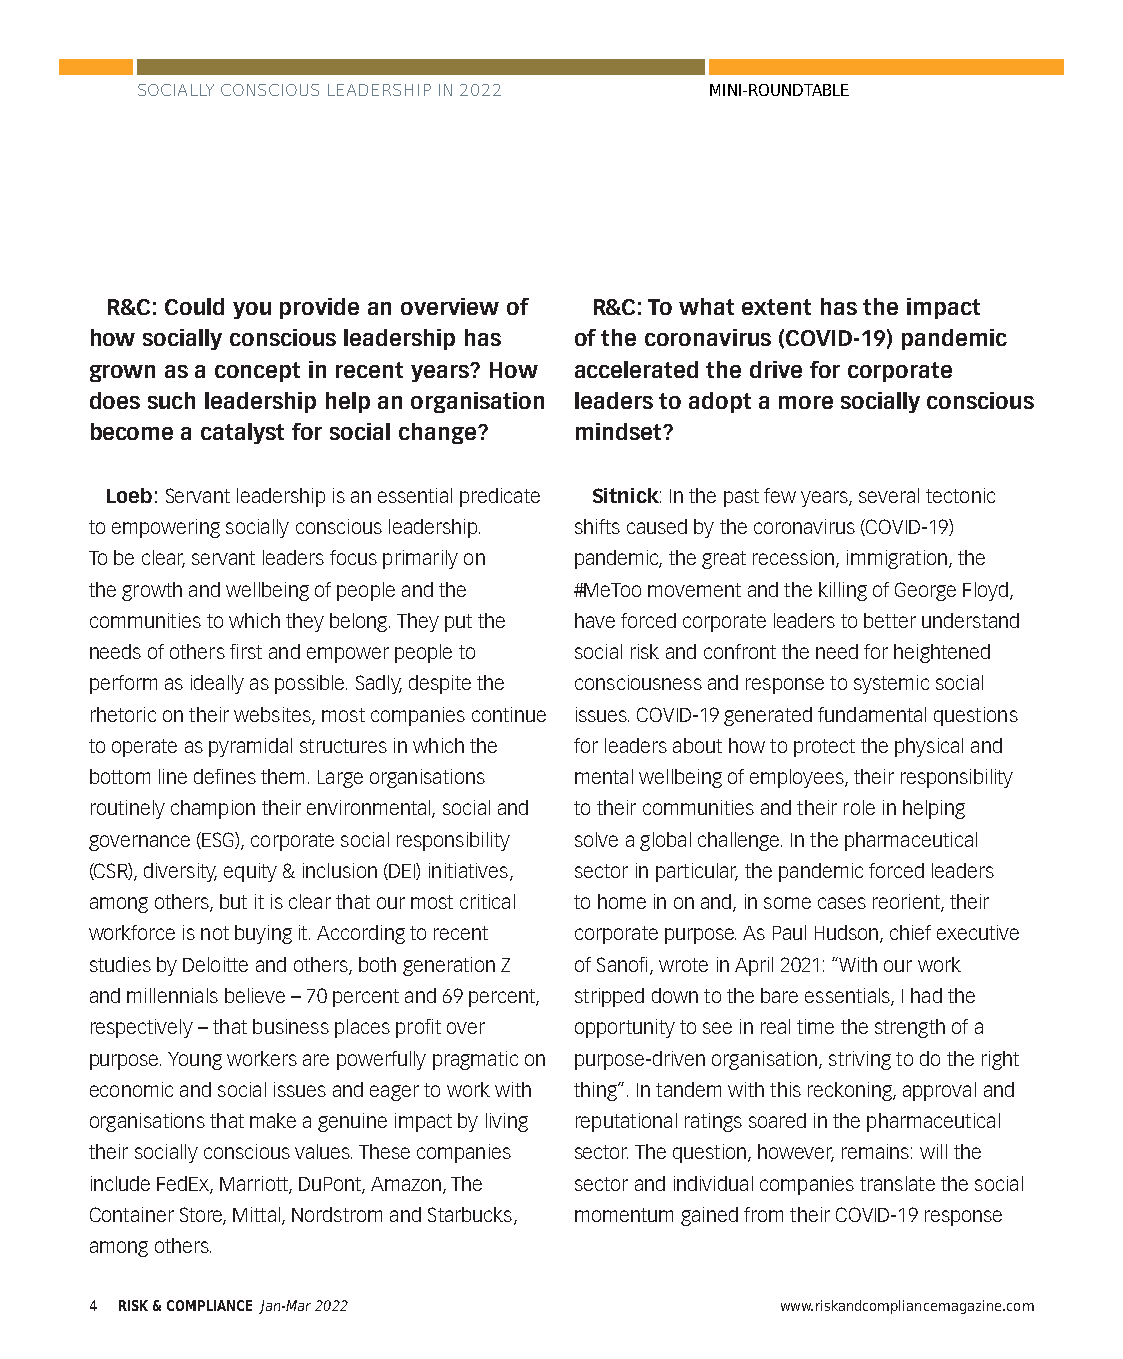
SOCIALLY CONSCIOUS LEADERSHIP IN 2022 MINI-ROUNDTABLE
 R&C: Could you provide an overview of R&C: To what extent has the impact
 how socially conscious leadership has of the coronavirus (COVID-19) pandemic
 grown as a concept in recent years? How accelerated the drive for corporate
 does such leadership help an organisation leaders to adopt a more socially conscious
 become a catalyst for social change? mindset?
 Loeb: Servant leadership is an essential predicate Sitnick: In the past few years, several tectonic
 to empowering socially conscious leadership. shifts caused by the coronavirus (COVID-19)
 To be clear, servant leaders focus primarily on pandemic, the great recession, immigration, the
 the growth and wellbeing of people and the #MeToo movement and the killing of George Floyd,
 communities to which they belong. They put the have forced corporate leaders to better understand
 needs of others first and empower people to social risk and confront the need for heightened
 perform as ideally as possible. Sadly, despite the consciousness and response to systemic social
 rhetoric on their websites, most companies continue issues. COVID-19 generated fundamental questions
 to operate as pyramidal structures in which the for leaders about how to protect the physical and
 bottom line defines them. Large organisations mental wellbeing of employees, their responsibility
 routinely champion their environmental, social and to their communities and their role in helping
 governance (ESG), corporate social responsibility solve a global challenge. In the pharmaceutical
 (CSR), diversity, equity & inclusion (DEI) initiatives, sector in particular, the pandemic forced leaders
 among others, but it is clear that our most critical to home in on and, in some cases reorient, their
 workforce is not buying it. According to recent corporate purpose. As Paul Hudson, chief executive
 studies by Deloitte and others, both generation Z of Sanofi, wrote in April 2021: “With our work
 and millennials believe – 70 percent and 69 percent, stripped down to the bare essentials, I had the
 respectively – that business places profit over opportunity to see in real time the strength of a
 purpose. Young workers are powerfully pragmatic on purpose-driven organisation, striving to do the right
 economic and social issues and eager to work with thing”. In tandem with this reckoning, approval and
 organisations that make a genuine impact by living reputational ratings soared in the pharmaceutical
 their socially conscious values. These companies sector. The question, however, remains: will the
 include FedEx, Marriott, DuPont, Amazon, The sector and individual companies translate the social
 Container Store, Mittal, Nordstrom and Starbucks, momentum gained from their COVID-19 response
 among others.
 4 RISK & COMPLIANCE Jan-Mar 2022              www.riskandcompliancemagazine.com